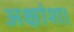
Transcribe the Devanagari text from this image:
अक्षांश।